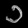
Digit: ၁